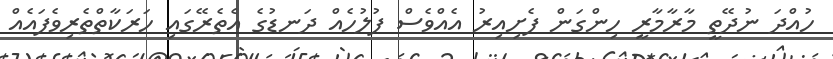
ހުއްދަ ނުދޭތީ މާރާމާރީ ހިންގަން ފެށިއިރު އެއްވެސް ފުލުހެއް ދަނޑުގެ އެތެރޭގައި ހަރަކާތްތެރިވެފައެއް